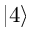
| 4 \rangle